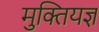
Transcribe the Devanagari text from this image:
मुक्तियज्ञ